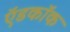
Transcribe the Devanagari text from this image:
ऍडकॉक